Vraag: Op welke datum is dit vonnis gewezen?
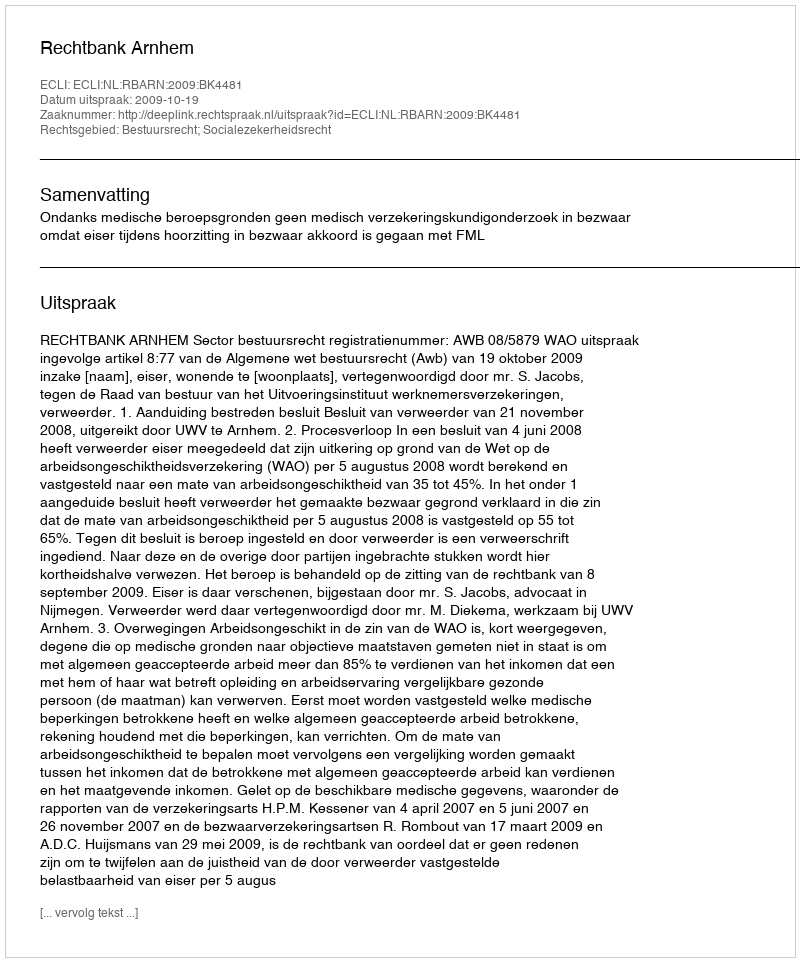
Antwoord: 2009-10-19